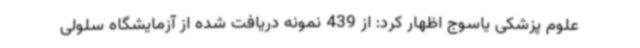
علوم پزشکی یاسوج اظهار کرد: از 439 نمونه دریافت شده از آزمایشگاه سلولی